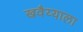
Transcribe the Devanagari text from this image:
खवैय्याला